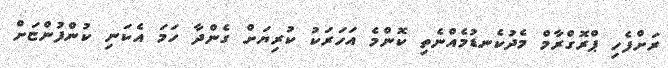
ރަށްފެހި ޕްރޮގްރާމް މެދުކެނޑުމެއްނެތި ކޮންމެ އަހަރަކު ކުރިޔަށް ގެންދާ ހަމަ އެކަނި ކުންފުންޏަށް